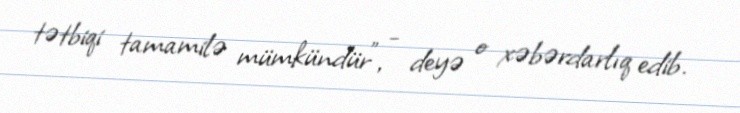
tətbiqi tamamilə mümkündür”, - deyə o xəbərdarlıq edib.